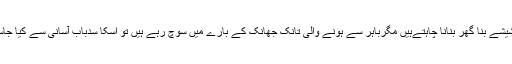
اگر آپ شیشے بنا گھر بنانا چاہتےہیں مگرباہر سے ہونے والی تانک جھانک کے بارے میں سوچ رہے ہیں تو اسکا سدباب آسانی سے کیا جاسکتا ہے۔